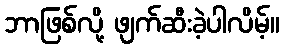
ဘာဖြစ်လို့ ဖျက်ဆီးခဲ့ပါလိမ့်။